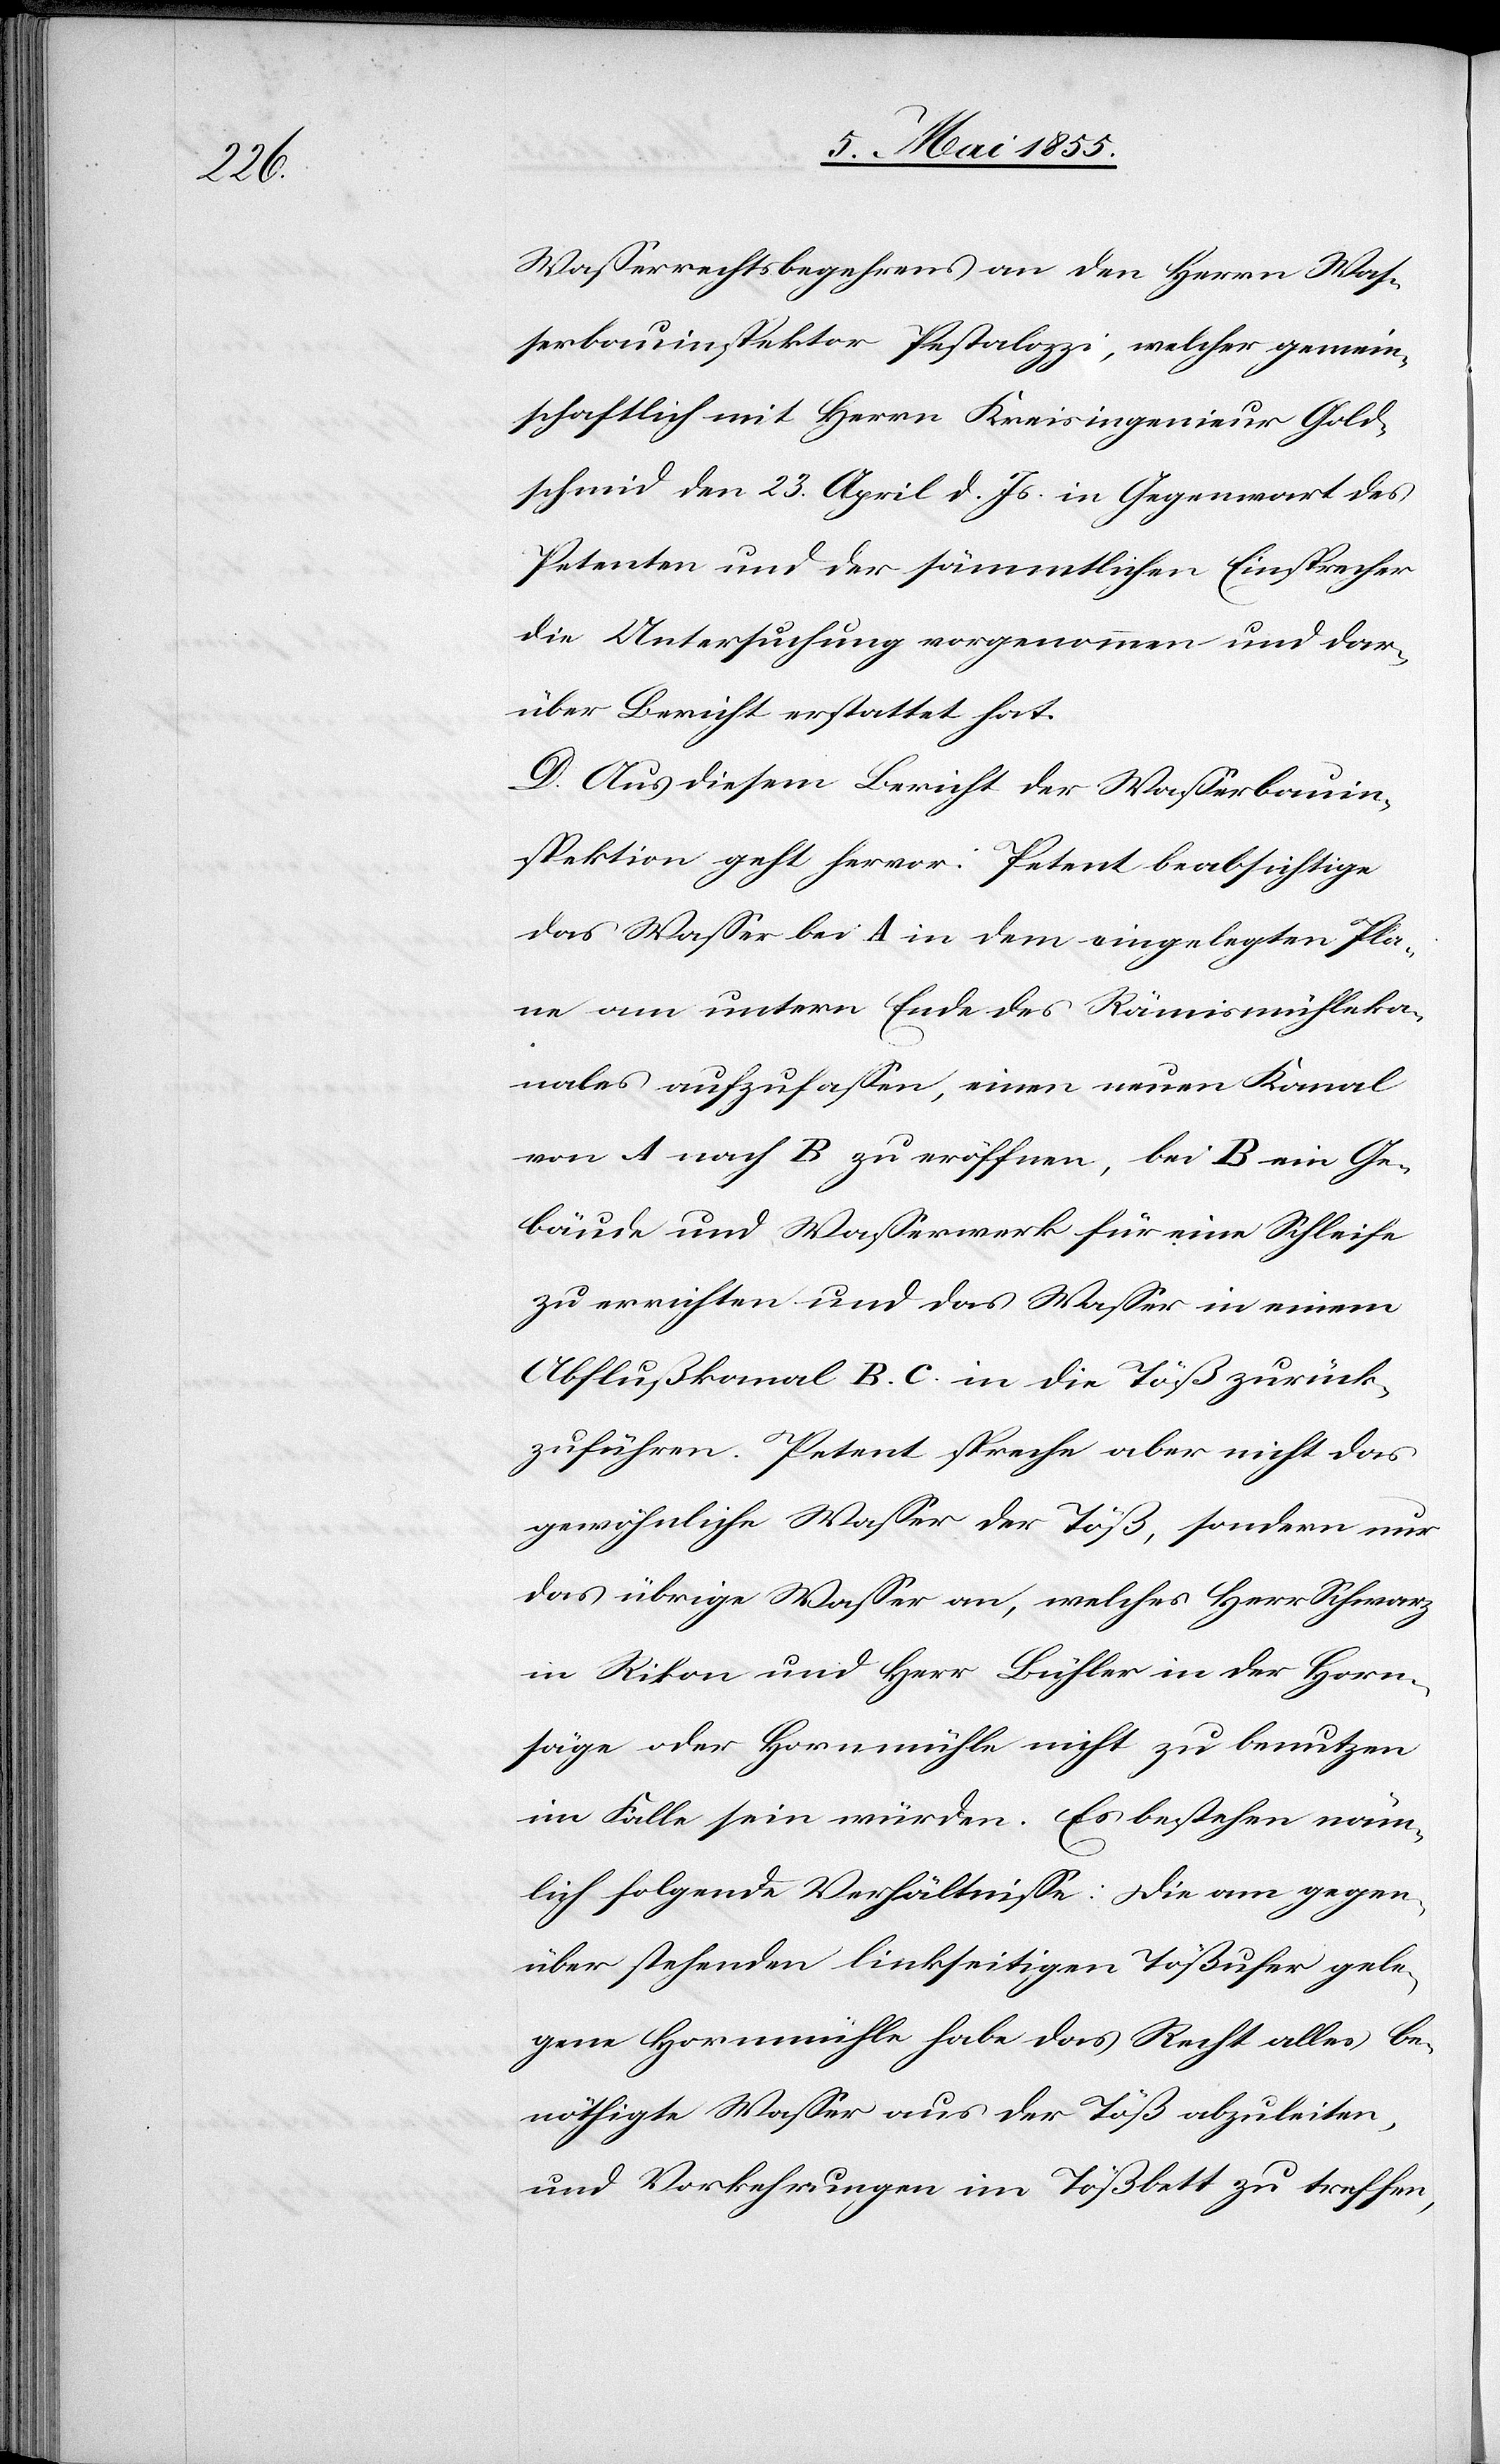
Wasserrechtsbegehrens an den Herrn Was¬
serbauinspektor Pestalozzi, welcher gemein¬
schaftlich mit Herrn Kreisingenieur Gold¬
schmid den 23. April d. Js. in Gegenwart des
Petenten und der sämmtlichen Einsprecher
die Untersuchung vorgenommen und dar¬
über Bericht erstattet hat.
D. Aus diesem Bericht der Wasserbauin¬
spektion geht hervor: Petent beabsichtige
das Wasser bei A in dem eingelegten Pla¬
ne am untern Ende des Rämismühleka¬
nales aufzufassen, einen neuen Kanal
von A nach B zu eröffnen, bei B ein Ge¬
bäude und Wasserwerk für eine Schleife
zu errichten und das Wasser in einem
Abflußkanal B. C. in die Töß zurück¬
zuführen. Petent spreche aber nicht das
gewöhnliche Wasser der Töß, sondern nur
das übrige Wasser an, welches Herr Schwarz
in Rikon und Herr Bühler in der Horn¬
säge oder Hornmühle nicht zu benutzen
im Falle sein würden. Es bestehen näm¬
lich folgende Verhältnisse: Die am gegen¬
über stehenden linkseitigen Tößufer gele¬
gene Hornmühle habe das Recht alles be¬
nöthigte Wasser aus der Töß abzuleiten,
und Vorkehrungen im Tößbett zu treffen,